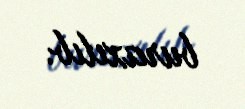
buraxılıb.